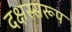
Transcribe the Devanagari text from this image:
दक्षस्सरूप